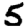
Digit: 5